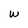
Character: w